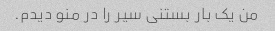
من یک بار بستنی سیر را در منو دیدم.